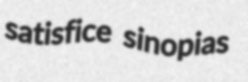
satisfice sinopias